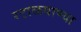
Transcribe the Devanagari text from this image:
रटाळवाण्या